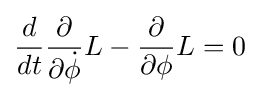
{\frac {d}{dt}}{\frac {\partial }{\partial {\dot {\phi }}}}L-{\frac {\partial }{\partial \phi }}L=0